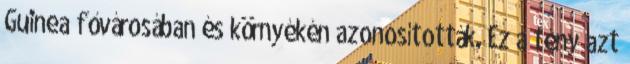
Guinea fővárosában és környékén azonosították. Ez a tény azt